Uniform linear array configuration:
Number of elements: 24
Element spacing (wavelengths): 1
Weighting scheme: hamming
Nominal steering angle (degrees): -30
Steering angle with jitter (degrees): -29.931
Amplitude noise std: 0.05
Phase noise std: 0.05

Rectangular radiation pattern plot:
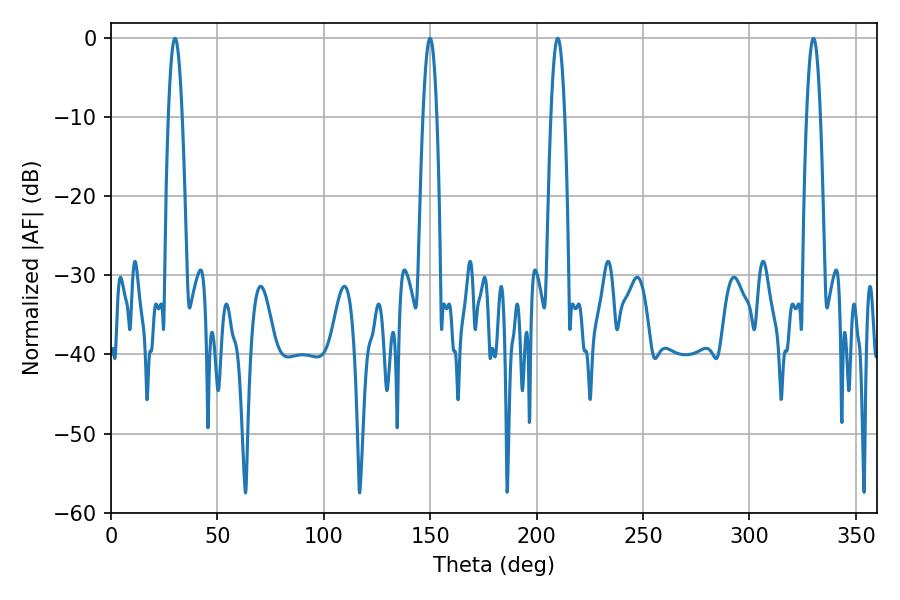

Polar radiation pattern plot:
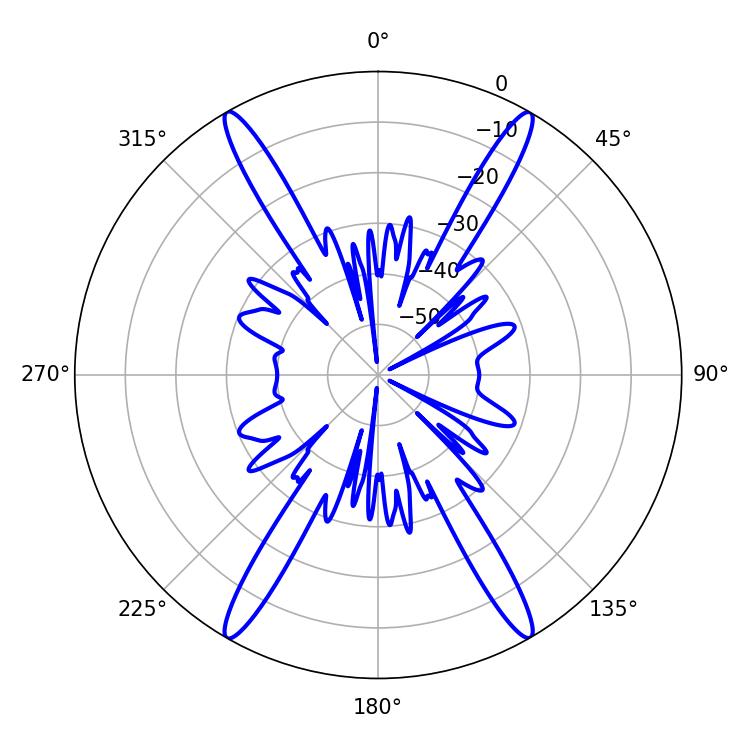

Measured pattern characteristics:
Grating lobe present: TRUE
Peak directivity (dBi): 36.649
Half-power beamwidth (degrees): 3.6
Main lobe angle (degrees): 30.06